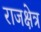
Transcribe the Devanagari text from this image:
राजक्षेत्र